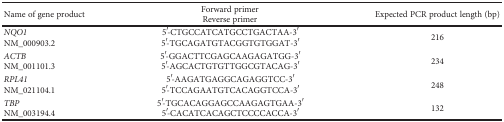
<table><thead><tr><td rowspan="2"><b>Name of gene product</b></td><td><b>Forward primer</b></td><td rowspan="2"><b>Expected PCR product length (bp)</b></td></tr><tr><td><b>Reverse primer</b></td></tr></thead><tbody><tr><td><i>NQO1</i>NM_000903.2</td><td>5′-CTGCCATCATGCCTGACTAA-3′5′-TGCAGATGTACGGTGTGGAT-3′</td><td>216</td></tr><tr><td><i>ACTB</i>NM_001101.3</td><td>5′-GGACTTCGAGCAAGAGATGG-3′5′-AGCACTGTGTTGGCGTACAG-3′</td><td>234</td></tr><tr><td><i>RPL41</i>NM_021104.1</td><td>5′-AAGATGAGGCAGAGGTCC-3′5′-TCCAGAATGTCACAGGTCCA-3′</td><td>248</td></tr><tr><td><i>TBP</i>NM_003194.4</td><td>5′-TGCACAGGAGCCAAGAGTGAA-3′5′-CACATCACAGCTCCCCACCA-3′</td><td>132</td></tr></tbody></table>